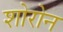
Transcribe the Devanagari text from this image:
शोरोन